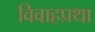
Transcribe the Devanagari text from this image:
विवाहप्रथा